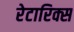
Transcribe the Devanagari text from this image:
रेटारिक्स